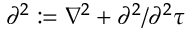
\partial ^ { 2 } : = \nabla ^ { 2 } + \partial ^ { 2 } / \partial ^ { 2 } \tau